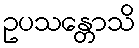
ဥပသန္တောသိ